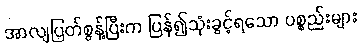
အာလျပြတ်စွန့်ပြီးက ပြန်၍သုံးခွင့်ရသော ပစ္စည်းများ